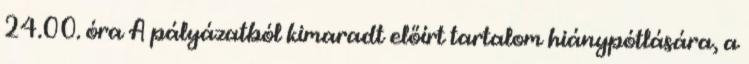
24.00. óra A pályázatból kimaradt előírt tartalom hiánypótlására, a